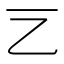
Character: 𠀂